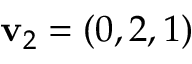
\mathbf { v } _ { 2 } = ( 0 , 2 , 1 )